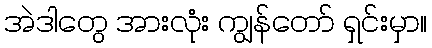
အဲဒါတွေ အားလုံး ကျွန်တော် ရှင်းမှာ။